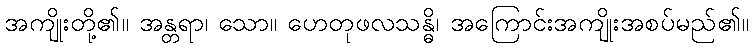
အကျိုးတို့၏။ အန္တရာ၊ သော။ ဟေတုဖလသန္ဓိ၊ အကြောင်းအကျိုးအစပ်မည်၏။